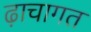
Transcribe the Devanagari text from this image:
ढ़ाचागत